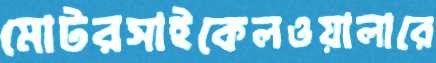
মোটরসাইকেলওয়ালারে